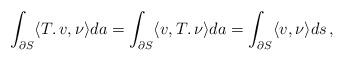
LaTeX: \begin{align*}\int_{\partial S}\langle T.\, v,{\nu}\rangle da=\int_{\partial S}\langle v,T.\,{\nu}\rangle da=\int_{\partial S}\langle v, {\nu}\rangle ds\,,\end{align*}